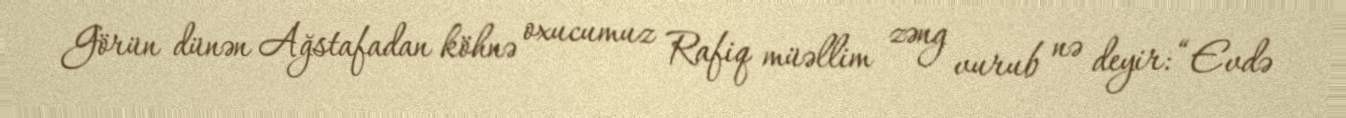
Görün dünən Ağstafadan köhnə oxucumuz Rafiq müəllim zəng vurub nə deyir: “Evdə